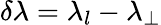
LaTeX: \delta\lambda=\lambda_{l}-\lambda_{\perp}